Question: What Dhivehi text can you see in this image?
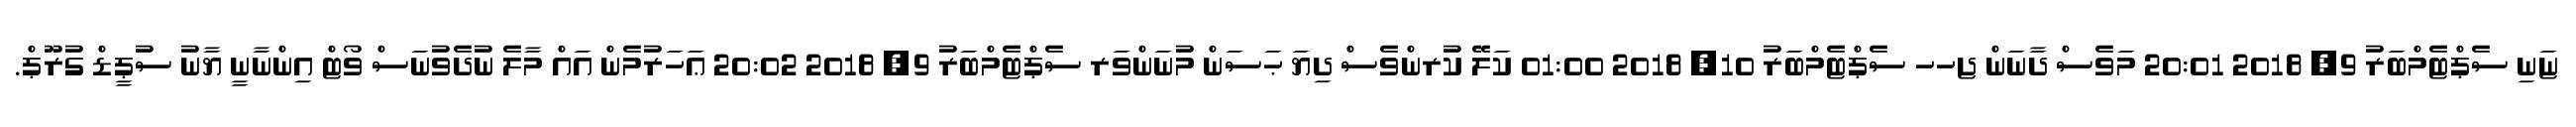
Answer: ޏަނި ސެޕްޓެމްބަރު 9, 2018 20:01 މަވެސް ދާނަން ޖހހ ސެޕްޓެމްބަރު 10, 2018 01:00 ކަލޭ ކުރންވެސް ދިޔަ ޙަސަން މުނަންވަރ ސެޕްޓެމްބަރު 9, 2018 20:02 ޢަހަރުމެން އައް މާލެ ނުދެވުނަސް ވޯޓް އިންނާނީ ޔާނު ސުޕީޑް ގުރޫޕް.